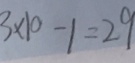
3 \times 1 0 - 1 = 2 9